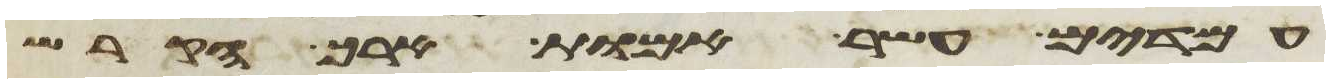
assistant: עמדים עשר אמות ארך הקרש